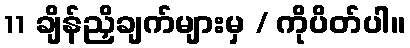
11 ချိန်ညှိချက်များမှ / ကိုပိတ်ပါ။